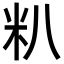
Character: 𬖍